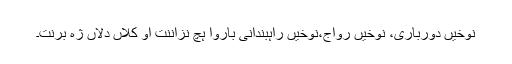
نوخیں دورباری، نوخیں رواج،نوخیں راہبندانی باروا ہچ نزاننت او کلاں دلاں ژہ برنت۔